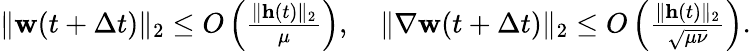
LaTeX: \begin{array}{r}{\| \mathbf{w}(t+\Delta t)\| _{2}\leq O\left(\frac{\| \mathbf{h}(t)\| _{2}}{\mu}\right),\quad\| \nabla\mathbf{w}(t+\Delta t)\| _{2}\leq O\left(\frac{\| \mathbf{h}(t)\| _{2}}{\sqrt{\mu\nu}}\right).}\end{array}